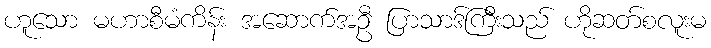
ဟူသော မဟာစီမံကိန်း အဆောက်အဦ ပြာသာဒ်ကြီးသည် ဟိုဆတ်စလူးမ